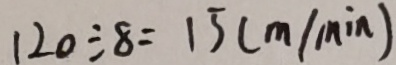
1 2 0 \div 8 = 1 5 ( m / \min )